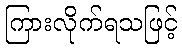
ကြားလိုက်ရသဖြင့်